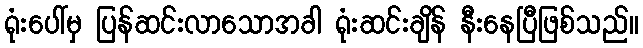
ရုံးပေါ်မှ ပြန်ဆင်းလာသောအခါ ရုံးဆင်းချိန် နီးနေပြီဖြစ်သည်။